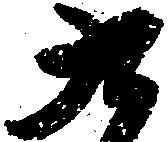
九